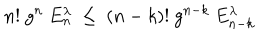
n ! ~ g ^ { n } ~ E _ { n } ^ { \lambda } ~ \le ~ ( n - k ) ! ~ g ^ { n - k } ~ E _ { n - k } ^ { \lambda } ~